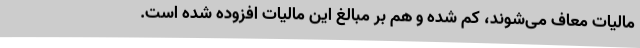
مالیات معاف می‌شوند، کم شده و هم بر مبالغ این مالیات افزوده شده است.